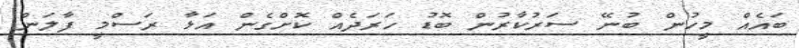
ބައެއް މީހުން ބުނޭ ސަރުކާރުން ބޮޑު ހަރަދެއް ކޮށްގެން އަޅާ ރަސްމީ ފާލަން